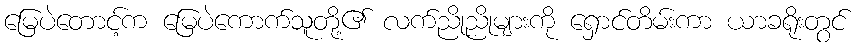
မြေပဲတောင့်က မြေပဲကောက်သူတို့၏ လက်ညိုညိုများကို ရှောင်တိမ်းကာ ယာခရိုးတွင်